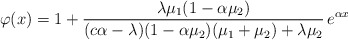
\begin{align*} \varphi(x)=1+\frac{\lambda\mu_1(1-\alpha\mu_2)}{(c\alpha-\lambda)(1-\alpha\mu_2)(\mu_1+\mu_2)+\lambda\mu_2}\,e^{\alpha x}\end{align*}